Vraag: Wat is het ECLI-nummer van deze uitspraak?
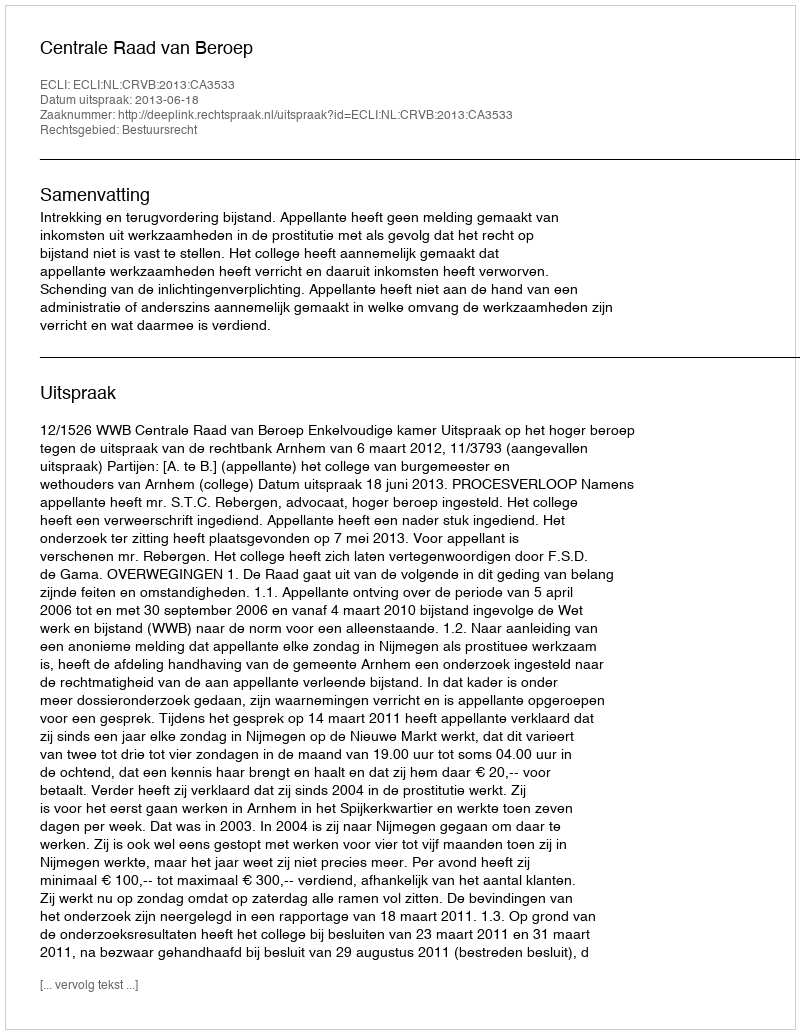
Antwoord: ECLI:NL:CRVB:2013:CA3533